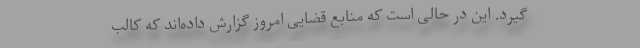
گیرد. این در حالی است که منابع قضایی امروز گزارش داده‌اند که کالب